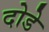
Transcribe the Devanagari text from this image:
दोडे